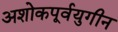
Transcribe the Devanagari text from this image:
अशोकपूर्वयुगीन